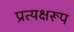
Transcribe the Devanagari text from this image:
प्रत्यक्षरूप